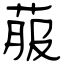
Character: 菔